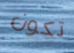
تكون